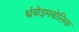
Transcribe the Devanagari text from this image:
थ्रंबोइमबोलिक